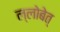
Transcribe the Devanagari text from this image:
ल्लोबेत्